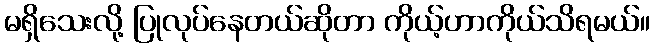
မရှိသေးလို့ ပြုလုပ်နေတယ်ဆိုတာ ကိုယ့်ဟာကိုယ်သိရမယ်။